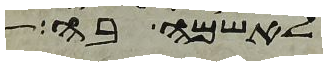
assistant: לאשמה בה